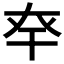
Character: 𢆎